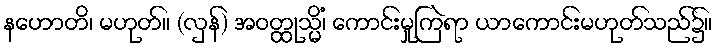
နဟောတိ၊ မဟုတ်။ (လှန်) အဝတ္ထုသ္မိံ၊ ကောင်းမှုကြဲရာ ယာကောင်းမဟုတ်သည်၌။